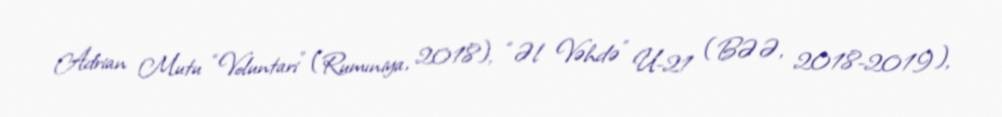
Adrian Mutu “Voluntari” (Rumıniya, 2018), “Əl Vəhdə” U-21 (BƏƏ, 2018-2019),